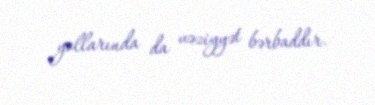
yollarında da vəziyyət bərbaddır.